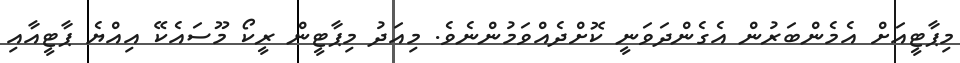
މިޕާޓީއަށް އެމެންބަރުން އެގެންދަވަނީ ކޮށްދެއްވަމުންނެވެ. މިއަދު މިޕާޓީން ރީކޯ މޫސައެކޭ އިއްޔެ ޕާޓީއާއި